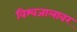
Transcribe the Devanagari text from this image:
विश्वजालावर